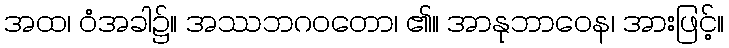
အထ၊ ဝံအခါ၌။ အဿဘဂဝတော၊ ၏။ အာနုဘာဝေန၊ အားဖြင့်။